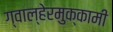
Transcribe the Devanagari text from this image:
ग्वाल्हेरमुक्कामी